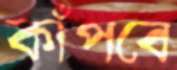
কাঁপবে